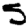
Digit: 5